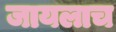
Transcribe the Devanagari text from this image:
जायलाच